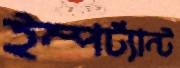
ইম্পর্ট্যান্ট